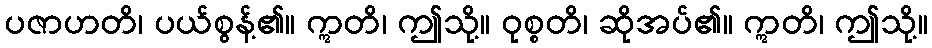
ပဇာဟတိ၊ ပယ်စွန့်၏။ ဣတိ၊ ဤသို့။ ဝုစ္စတိ၊ ဆိုအပ်၏။ ဣတိ၊ ဤသို့။